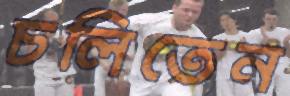
চলিতেন